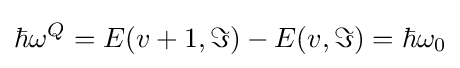
\hbar {{\omega }^{Q}}=E(v+1,\Im )-E(v,\Im )=\hbar {{\omega }_{0}}